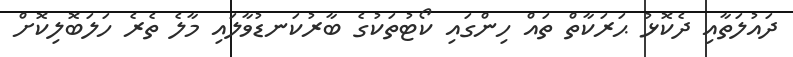
ދައުލަތާއި ދެކޮޅު ޙަރަކާތް ތައް ހިންގައި ކޯޓުތަކުގެ ބާރުކަނޑުވާލައި މާލެ ތެރެ ހަލަބޮލިކޮށް